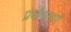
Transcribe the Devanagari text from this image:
प्रयोगमार्ग